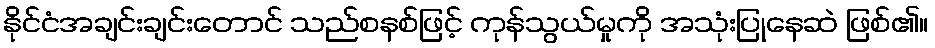
နိုင်ငံအချင်းချင်းတောင် သည်စနစ်ဖြင့် ကုန်သွယ်မှုကို အသုံးပြုနေဆဲ ဖြစ်၏။